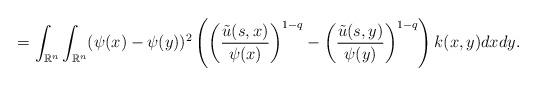
LaTeX: \begin{align*} = \int_{\mathbb{R}^{n}}\int_{\mathbb{R}^{n}}(\psi(x) - \psi(y))^{2}\left( \left( \frac{\tilde{u}(s,x)}{\psi(x)} \right)^{1-q} - \left( \frac{\tilde{u}(s,y)}{\psi(y)} \right)^{1-q} \right)k(x,y)dxdy.\end{align*}